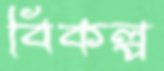
বিকল্প